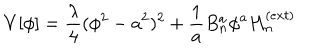
V [ \phi ] = \frac { \lambda } { 4 } ( \phi ^ { 2 } - a ^ { 2 } ) ^ { 2 } + \frac { 1 } { a } B _ { n } ^ { a } \phi ^ { a } H _ { n } ^ { ( e x t ) }